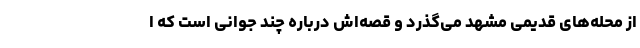
از محله‌های قدیمی مشهد می‌گذرد و قصه‌اش درباره چند جوانی است که ا